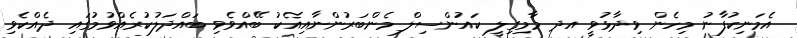
އެމަނިކުފާނު މިހެން ވިދާޅުވީ އދ މާމިގިލީ ކައުންސިލް މެންބަރުންނާއިއެކު ބޭއްވެވި ބައްދަލުކުރެއްވުމުގައި ދެއްކެވި